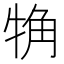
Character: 觕